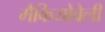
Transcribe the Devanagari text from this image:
मैकियोवेली